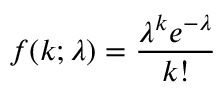
f ( k ; \lambda ) = \frac { \lambda ^ { k } e ^ { - \lambda } } { k ! }